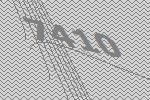
7410